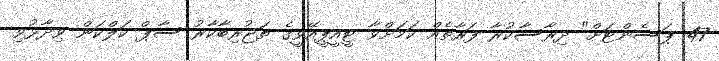
47 ޕަސެންޓަށް" ދިރާސާކުރާ ފަރާތެއް ކަމަށްވާ ޓީއީޕީއޭވީގެ ތަޖުރިބާކާރު ސާޕް ކަލްކަން ވިދާޅުވި